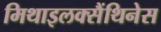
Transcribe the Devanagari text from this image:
मिथाइलक्सैंथिनेस